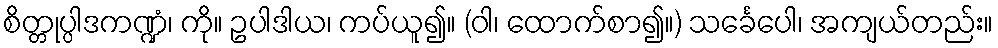
စိတ္တုပ္ပါဒကဏ္ဍံ၊ ကို။ ဥပါဒါယ၊ ကပ်ယူ၍။ (ဝါ၊ ထောက်စာ၍။) သင်္ခေပေါ၊ အကျယ်တည်း။